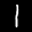
Label: 1